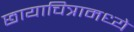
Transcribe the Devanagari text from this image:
छायाचित्रामध्ये